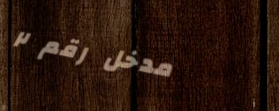
مدخل رقم ٢